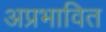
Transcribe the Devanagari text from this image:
अप्रभावित